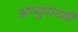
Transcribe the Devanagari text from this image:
अभ्युपागमों